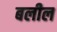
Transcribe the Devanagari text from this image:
बलील